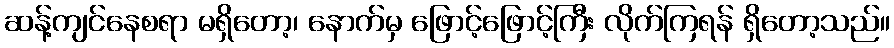
ဆန့်ကျင်နေစရာ မရှိတော့၊ နောက်မှ ဖြောင့်ဖြောင့်ကြီး လိုက်ကြရန် ရှိတော့သည်။